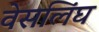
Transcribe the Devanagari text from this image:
वेसलिंघ